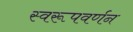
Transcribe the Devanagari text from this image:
स्वरूपवर्णन